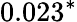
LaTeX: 0.023^{*}